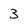
Character: 3